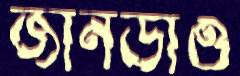
জানডাও